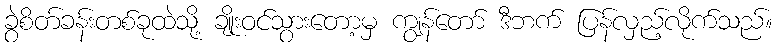
ခွဲစိတ်ခန်းတစ်ခုထဲသို့ ချိုးဝင်သွားတော့မှ ကျွန်တော် ဒီဘက် ပြန်လှည့်လိုက်သည်။